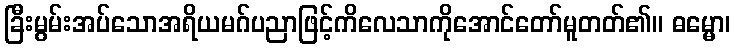
ခြီးမွမ်းအပ်သောအရိယမဂ်ပညာဖြင့်ကိလေသာကိုအောင်တော်မူတတ်၏။ ဓမ္မော၊